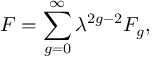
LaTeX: F = \sum _ { g = 0 } ^ { \infty } \lambda ^ { 2 g - 2 } F _ { g } ,